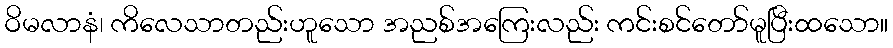
ဝိမလာနံ၊ ကိလေသာတည်းဟူသော အညစ်အကြေးလည်း ကင်းစင်တော်မူပြီးထသော။